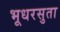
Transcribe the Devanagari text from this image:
भूधरसुता